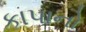
કાપાનો